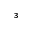
^ 3